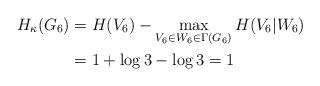
LaTeX: \begin{align*} H_\kappa(G_6) & = H(V_6) - \max_{V_6 \in W_6 \in \Gamma(G_6)} H(V_6|W_6) \\ & = 1 + \log 3 - \log 3 = 1\end{align*}